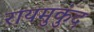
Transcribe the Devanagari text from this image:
रायमुकुंद